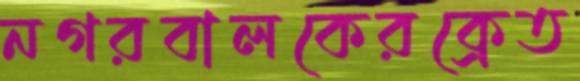
নগরবালকেরক্রেত